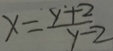
x = \frac { y + 2 } { y - 2 }